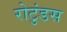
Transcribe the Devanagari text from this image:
रोटुंडस